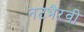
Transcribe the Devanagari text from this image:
नटभैरवी